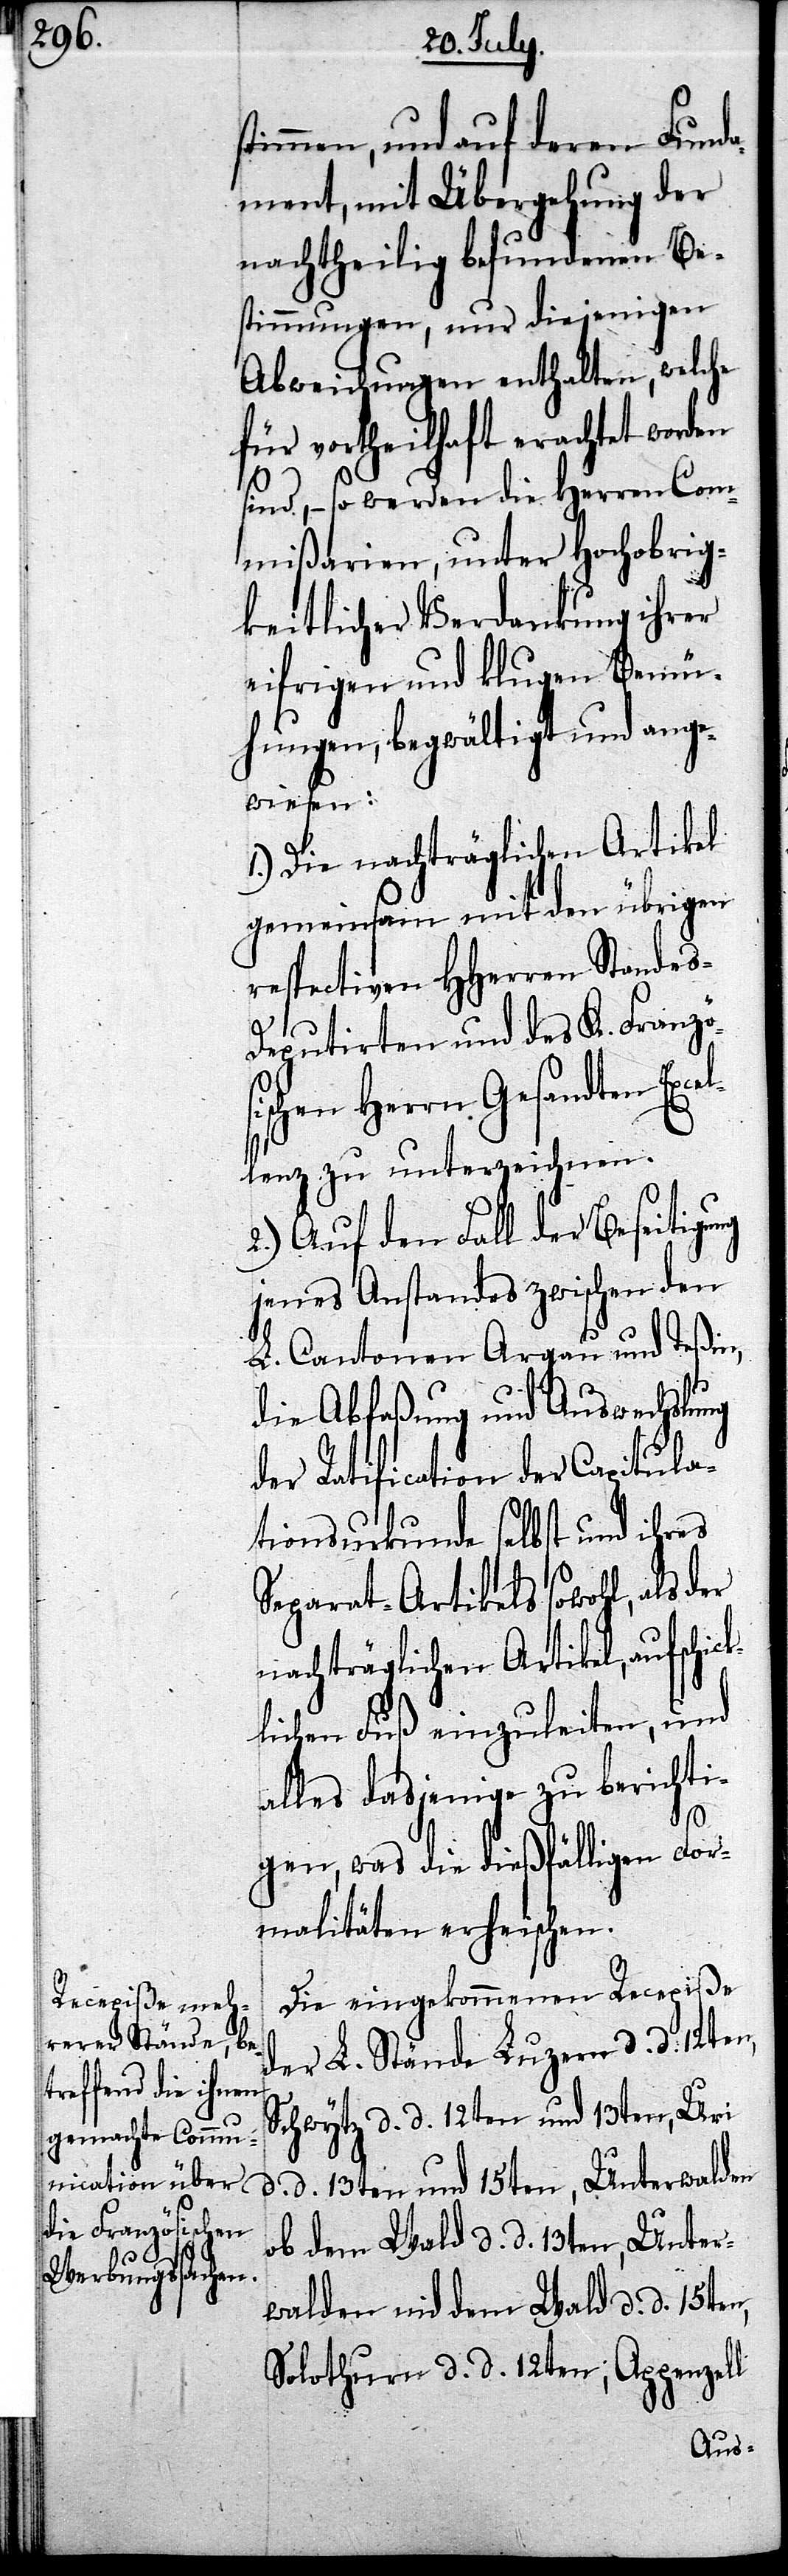
timmen, und auf deren Fund¬
ament, mit Übergehung der
nachtheilig befundenen Be¬
stimmungen, nur diejenigen
Abweichungen enthalten, welche
für vortheilhaft erachtet worden
sind, – so werden die Herren Com¬
mißarien, unter Hochobrig¬
keitlicher Verdankung ihrer
eifrigen und klugen Bemü¬
hungen, begwältigt und ange¬
wiesen:
1.) Die nachträglichen Artikel
gemeinsam mit den übrigen
respectiven HHerren Stande¬
s-Deputirten und des K. Französi¬
schen Herrn Gesandten E¬
lenz zu unterzeichnen.
2.) Auf den Fall der Beseitigung
jenes Anstandes zwischen den
L. Cantonen Argau und Teßin,
die Abfaßung und Auswechslung
der Ratification der Capitula¬
tionsurkunde selbst und ihres
Separat-Artikels sowohl, als der
nachträglichen Artikel, auf schi¬
lichen Fuß einzuleiten, und
alles dasjenige zu berichti¬
ck¬
gen, was die dießfälligen For¬
malitäten erheischen.
Die eingekommenen Recepiße
der L. Stände Luzern d. d. 12ten,
Schwytz d. d. 12ten und 13ten, Uri
d. 13ten und 15ten, Unterwalden
ob dem Wald d. d. 13ten, Unter¬
walden nid dem Wald d. d. 15ten,
Solothurn d. d. 12ten; Appenzell